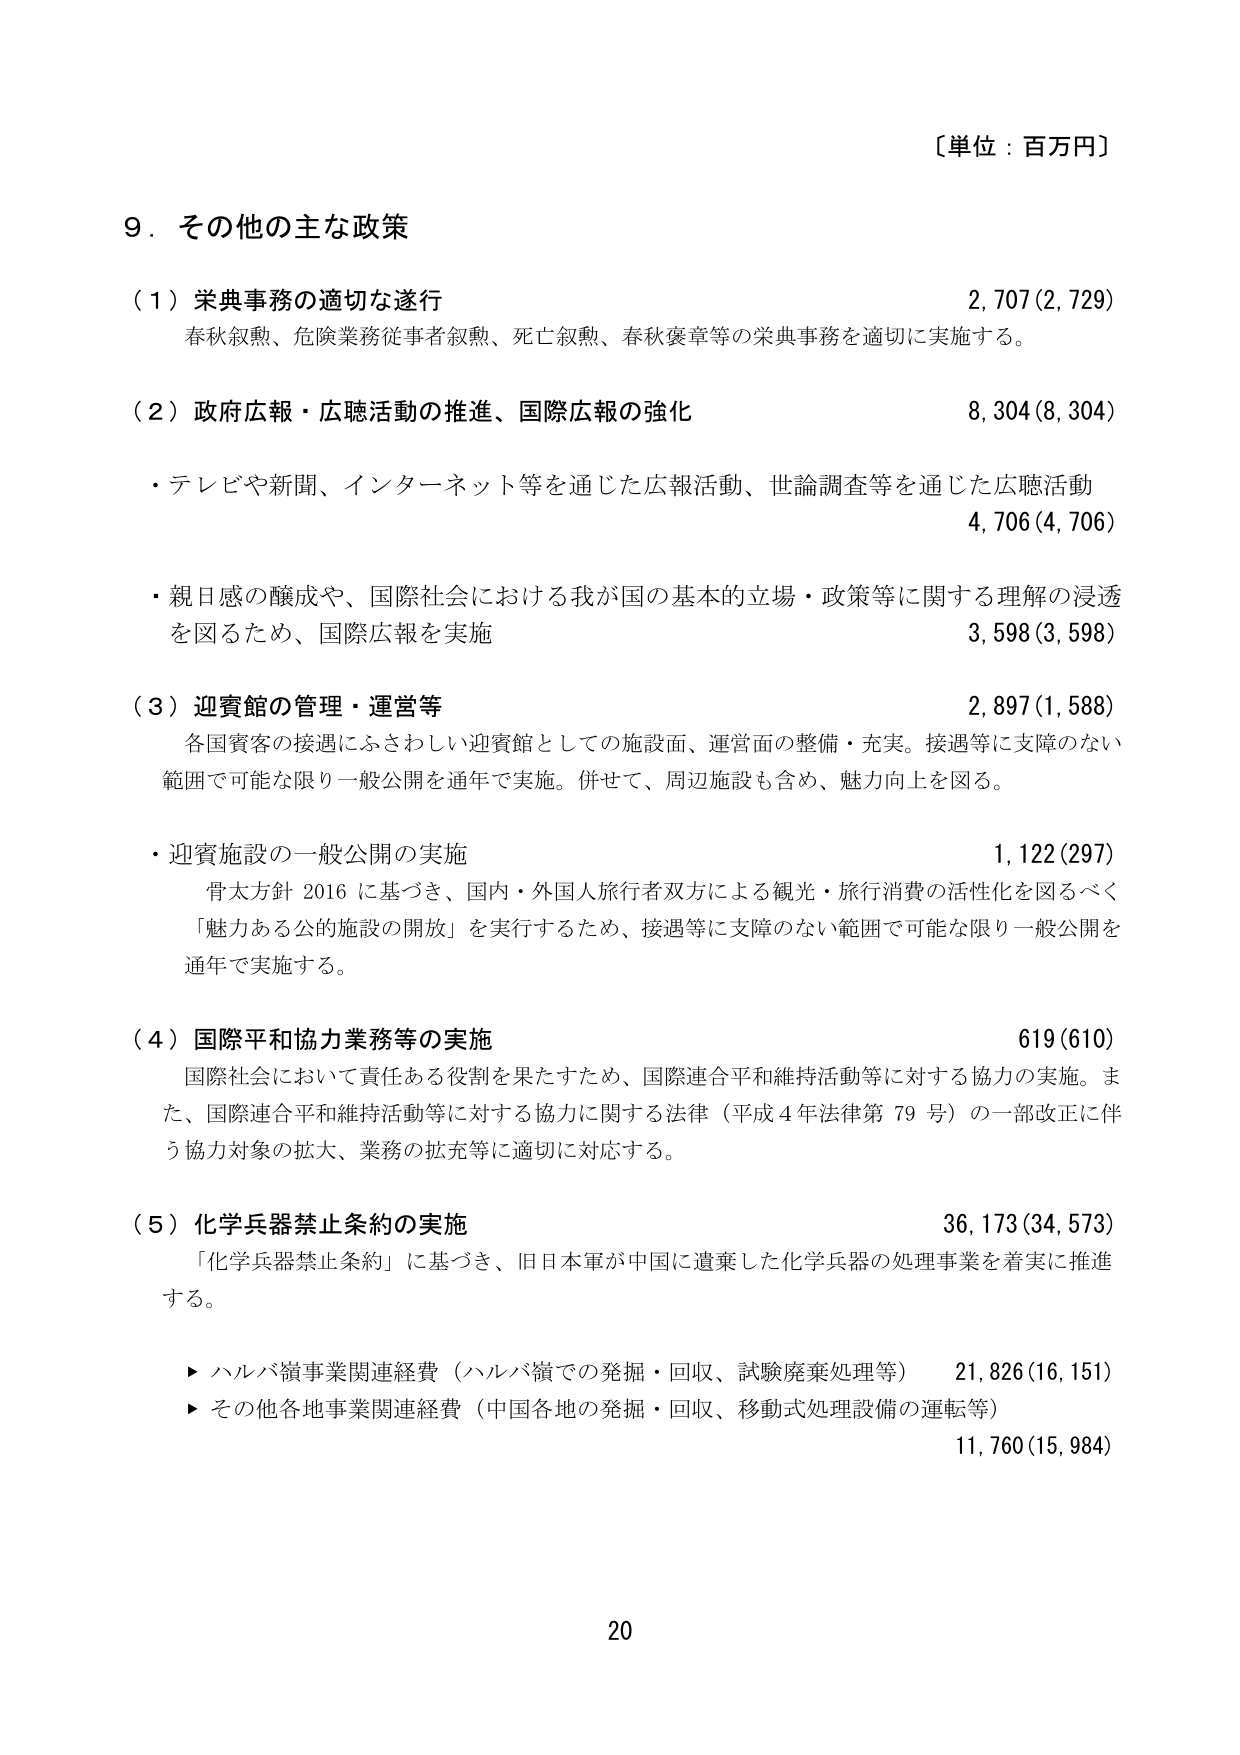
〔単位：百万円〕

９．その他の主な政策

（１）栄典事務の適切な遂行　　　　　　　　　　　　　　　　　　　　2,707(2,729)
　春秋叙勲、危険業務従事者叙勲、死亡叙勲、春秋褒章等の栄典事務を適切に実施する。

（２）政府広報・広聴活動の推進、国際広報の強化　　　　　　　　　　8,304(8,304)
　・テレビや新聞、インターネット等を通じた広報活動、世論調査等を通じた広聴活動